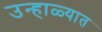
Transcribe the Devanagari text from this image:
उन्‍हाळ्यात